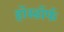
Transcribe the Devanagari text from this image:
हॉस्डॉर्फ